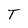
Character: T